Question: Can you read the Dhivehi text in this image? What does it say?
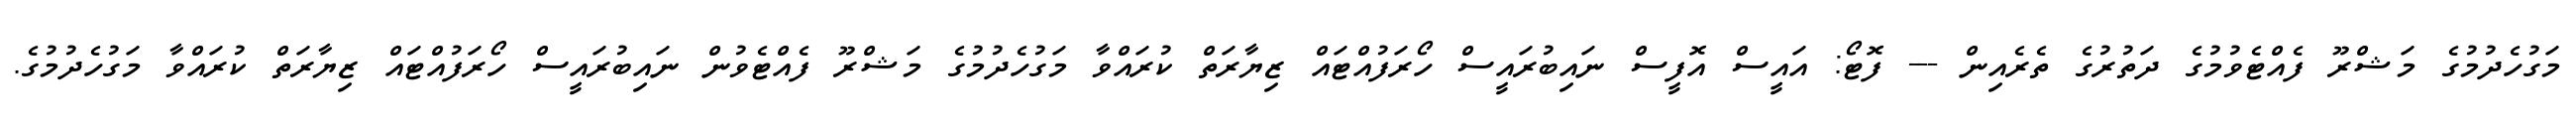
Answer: މަގުހެދުމުގެ މަޝްރޫ ފެއްޓެވުމުގެ ދަތުރުގެ ތެރެއިން --- ފޮޓޯ: އައީސް އޮފީސް ނައިބުރައީސް ހޯރަފުއްޓައް ޒިޔާރަތް ކުރައްވާ މަގުހެދުމުގެ މަޝްރޫ ފެއްޓެވުން ނައިބުރައީސް ހޯރަފުއްޓައް ޒިޔާރަތް ކުރައްވާ މަގުހެދުމުގެ.